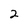
Character: 2